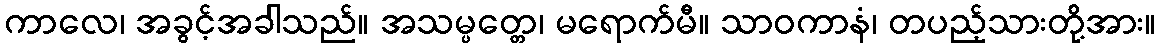
ကာလေ၊ အခွင့်အခါသည်။ အသမ္ပတ္တေ၊ မရောက်မီ။ သာဝကာနံ၊ တပည့်သားတို့အား။